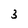
Character: 3